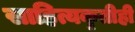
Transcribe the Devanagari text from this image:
साहित्यकृतीही